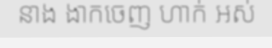
នាង ងាកចេញ ហាក់ អស់